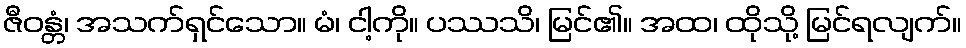
ဇီဝန္တံ၊ အသက်ရှင်သော။ မံ၊ ငါ့ကို။ ပဿသိ၊ မြင်၏။ အထ၊ ထိုသို့ မြင်ရလျက်။